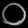
Digit: ၀